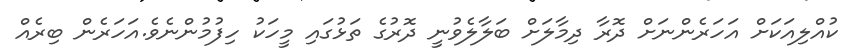
ކުއްލިއަކަށް އަހަރެންނަށް ދޮރާ ދިމާލަށް ބަލާލެވުނީ ދޮރުގެ ތަޅުގައި މީހަކު ހިފުމުންނެވެ.އަހަރެން ބިރެއް